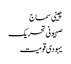
چینی سماج
صہیونی تحریک
یہودی قومیت